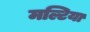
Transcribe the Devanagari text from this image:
मल्टिया